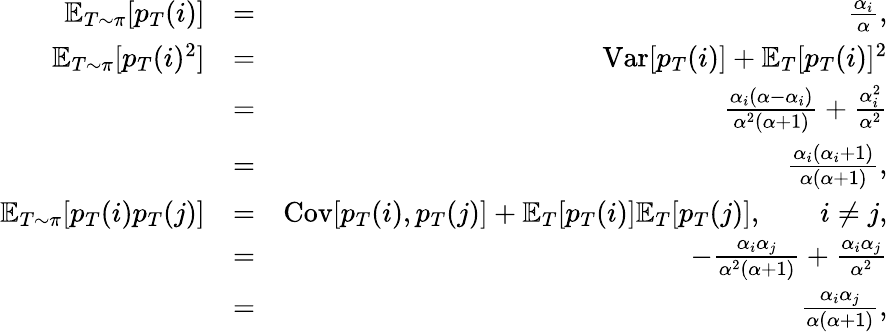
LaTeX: \begin{array}{rlr}{\mathbb{E}_{T\sim\pi}[p_{T}(i)]}&{=}&{\frac{\alpha_{i}}{\alpha},}\\ {\mathbb{E}_{T\sim\pi}[p_{T}(i)^{2}]}&{=}&{\textrm{Var}[p_{T}(i)]+\mathbb{E}_{T}[p_{T}(i)]^{2}}\\ &{=}&{\frac{\alpha_{i}(\alpha-\alpha_{i})}{\alpha^{2}(\alpha+1)}+\frac{\alpha_{i}^{2}}{\alpha^{2}}}\\ &{=}&{\frac{\alpha_{i}(\alpha_{i}+1)}{\alpha(\alpha+1)},}\\ {\mathbb{E}_{T\sim\pi}[p_{T}(i)p_{T}(j)]}&{=}&{\textrm{Cov}[p_{T}(i),p_{T}(j)]+\mathbb{E}_{T}[p_{T}(i)]\mathbb{E}_{T}[p_{T}(j)],\qquad i\neq j,}\\ &{=}&{-\frac{\alpha_{i}\alpha_{j}}{\alpha^{2}(\alpha+1)}+\frac{\alpha_{i}\alpha_{j}}{\alpha^{2}}}\\ &{=}&{\frac{\alpha_{i}\alpha_{j}}{\alpha(\alpha+1)},}\end{array}